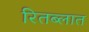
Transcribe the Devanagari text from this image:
रितब्लात